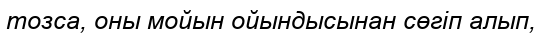
тозса, оны мойын ойындысынан сөгіп алып,